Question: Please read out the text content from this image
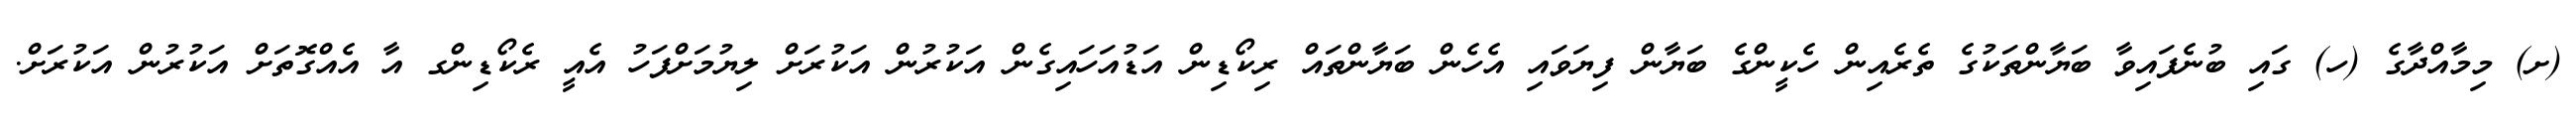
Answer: (ށ) މިމާއްދާގެ (ހ) ގައި ބުނެފައިވާ ބަޔާންތަކުގެ ތެރެއިން ހެކީންގެ ބަޔާން ފިޔަވައި އެހެން ބަޔާންތައް ރިކޯޑިން އަޑުއަހައިގެން އަކުރުން އަކުރަށް ލިޔުމަށްފަހު އެއީ ރެކޯޑިންގ އާ އެއްގޮތަށް އަކުރުން އަކުރަށް.